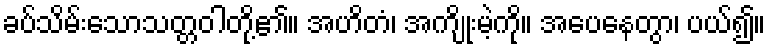
ခပ်သိမ်းသောသတ္တဝါတို့၏။ အဟိတံ၊ အကျိုးမဲ့ကို။ အပေနေတွာ၊ ပယ်၍။